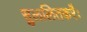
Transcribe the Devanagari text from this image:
सुललितकरैः